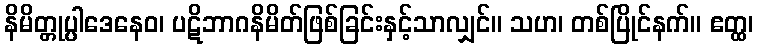
နိမိတ္တုပ္ပါဒေနေဝ၊ ပဋိဘာဂနိမိတ်ဖြစ်ခြင်းနှင့်သာလျှင်။ သဟ၊ တစ်ပြိုင်နက်။ ဧတ္ထ၊